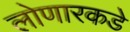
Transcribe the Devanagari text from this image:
लोणारकडे